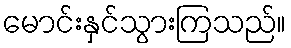
မောင်းနှင်သွားကြသည်။